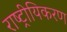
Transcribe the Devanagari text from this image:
राष्ट्रीयिकरण